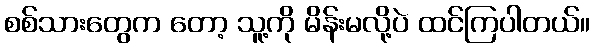
စစ်သားတွေက တော့ သူ့ကို မိန်းမလို့ပဲ ထင်ကြပါတယ်။